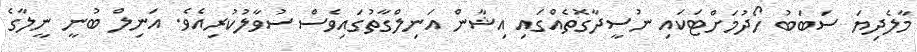
މާލެދިޔަ ސަބަބު ހޯދުމަށްޓަކައި ނުސީދާގޮތެއްގައި އިޝާން އަނިލްގާތުގައިވެސް ސުވާލުކުރިއެވެ. އަނިލް ބުނީ ނީލާގެ